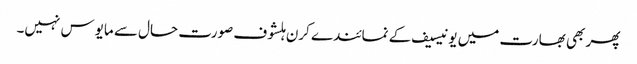
پھر بھی بھارت میں یونیسیف کے نمائندے کرن ہلشوف صورت حال سے مایوس نہیں۔